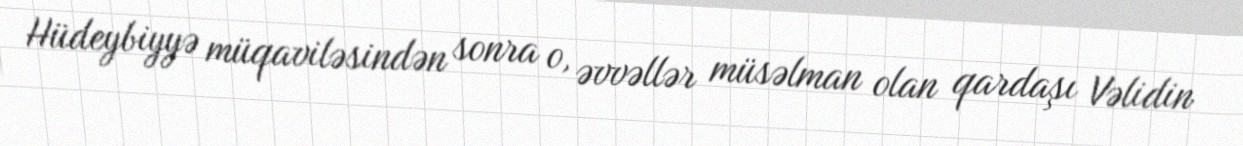
Hüdeybiyyə müqaviləsindən sonra o, əvvəllər müsəlman olan qardaşı Vəlidin